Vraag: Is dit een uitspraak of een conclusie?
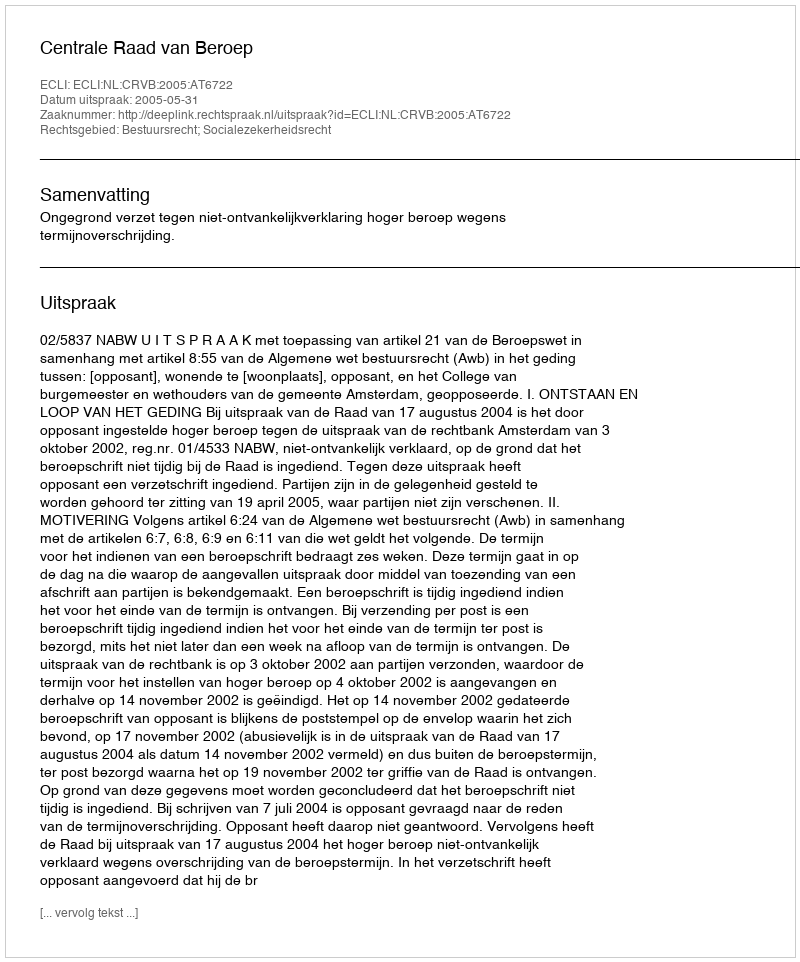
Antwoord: Uitspraak